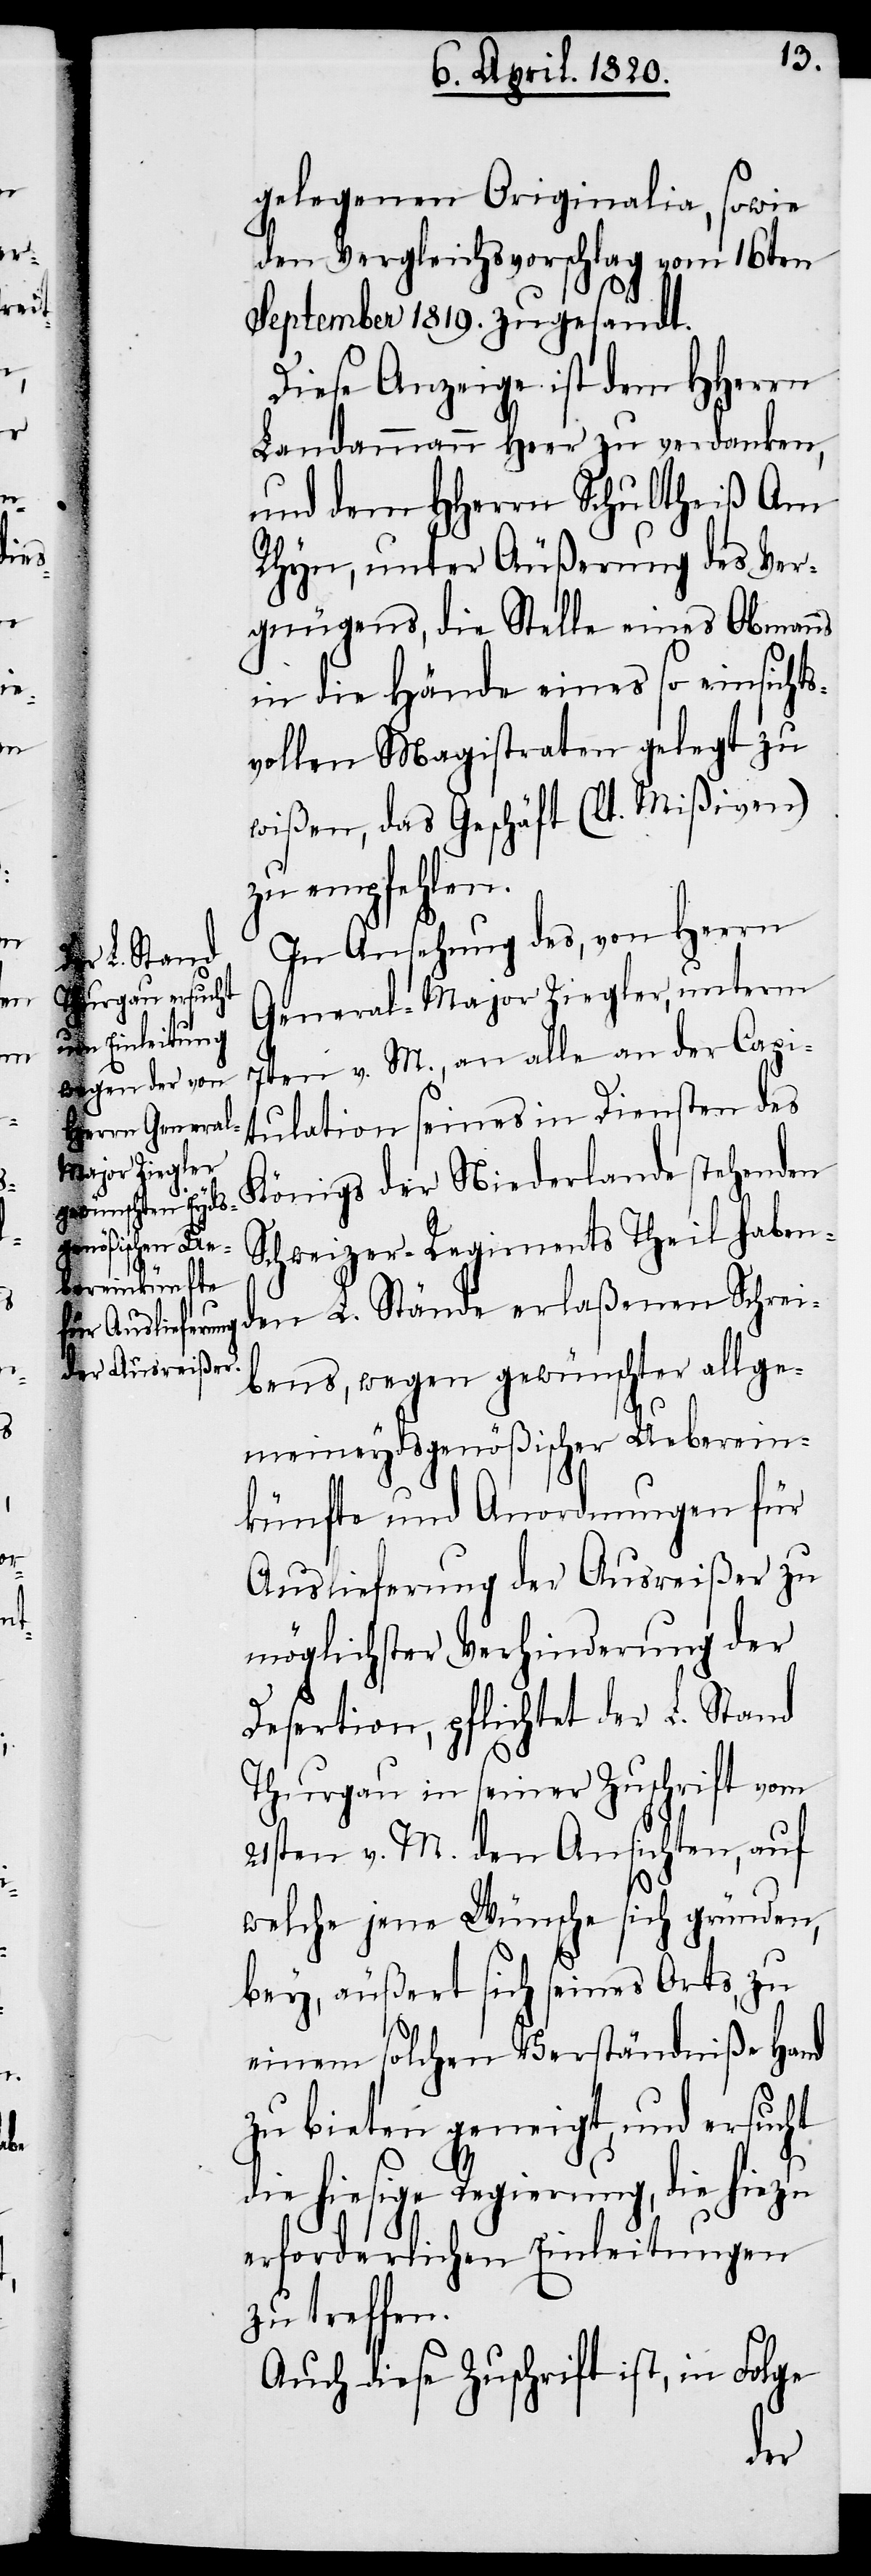
gelegenen Originalia, sowie
den Vergleichsvorschlag vom 16ten
September 1819. zugesandt.
Diese Anzeige ist dem HHerrn
Landammann Heer zu verdanken,
und dem HHerrn Schultheiß Am
Rhyn, unter Äußerung des Ver¬
gnügens, die Stelle eines Obmanns
in die Hände eines so einsichts¬
vollen Magistraten gelegt zu
wißen, das Geschäft (lt. Mißiven)
zu empfehlen.
In Ansehung des, von Herrn
General-Major Ziegler, unterm
7ten v. M., an alle an der Capi¬
tulation seines in Diensten des
Königs der Niederlande stehenden
Schweizer-Regiments Theilhaben¬
den L. Stände erlaßenen Schrei¬
bens, wegen gewünschter allge¬
meineydsgenößischer Ueberein¬
künfte und Anordnungen für
Auslieferung der Ausreißer zu
möglichster Verhinderung der
Desertion, pflichtet der L. Stand
Thurgau in seiner Zuschrift vom
21sten v. M. den Ansichten, auf
welche jene Wünsche sich gründen,
bey, äußert sich seines Orts, zu
einem solchen Verständniße Hand
zu bieten geneigt, und ersucht
die hiesige Regierung, die hiezu
erforderlichen Einleitungen
zu treffen.
Auch diese Zuschrift ist, in Folge